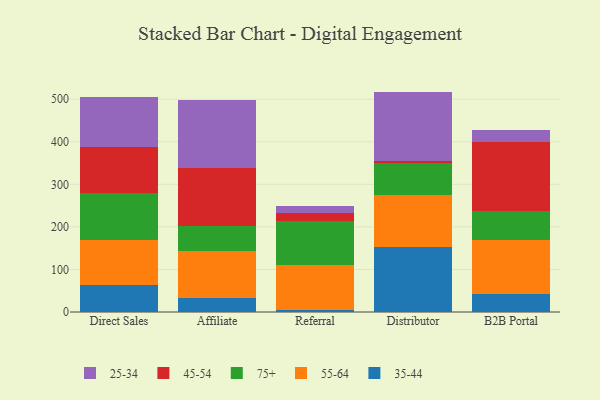
{"axis": {"x": "Channel", "y": "Customer Acquisition Cost (USD)"}, "legend": ["25-34", "35-44", "45-54", "55-64", "75+"], "data": [{"x": "Direct Sales", "y": 64.3, "type": "35-44"}, {"x": "Direct Sales", "y": 103.8, "type": "55-64"}, {"x": "Direct Sales", "y": 111.7, "type": "75+"}, {"x": "Direct Sales", "y": 107.7, "type": "45-54"}, {"x": "Direct Sales", "y": 118.3, "type": "25-34"}, {"x": "Affiliate", "y": 33.4, "type": "35-44"}, {"x": "Affiliate", "y": 109.4, "type": "55-64"}, {"x": "Affiliate", "y": 59.7, "type": "75+"}, {"x": "Affiliate", "y": 136.6, "type": "45-54"}, {"x": "Affiliate", "y": 159.5, "type": "25-34"}, {"x": "Referral", "y": 5.5, "type": "35-44"}, {"x": "Referral", "y": 105.2, "type": "55-64"}, {"x": "Referral", "y": 103.5, "type": "75+"}, {"x": "Referral", "y": 17.6, "type": "45-54"}, {"x": "Referral", "y": 17.3, "type": "25-34"}, {"x": "Distributor", "y": 153.7, "type": "35-44"}, {"x": "Distributor", "y": 121.9, "type": "55-64"}, {"x": "Distributor", "y": 74.0, "type": "75+"}, {"x": "Distributor", "y": 5.2, "type": "45-54"}, {"x": "Distributor", "y": 163.1, "type": "25-34"}, {"x": "B2B Portal", "y": 42.3, "type": "35-44"}, {"x": "B2B Portal", "y": 126.3, "type": "55-64"}, {"x": "B2B Portal", "y": 69.5, "type": "75+"}, {"x": "B2B Portal", "y": 161.6, "type": "45-54"}, {"x": "B2B Portal", "y": 26.9, "type": "25-34"}]}